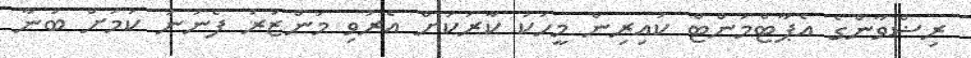
ރިޟްވާންގެ އެޕާޓްމަންޓް ކައިރިން މީހަކު ކާރަކަށް އެރުވި މަންޒަރު ފެނުނު ކަމަށް ބުނާ